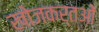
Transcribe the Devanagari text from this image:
खोजकर्तओं